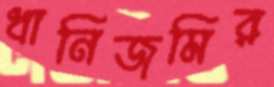
ধানিজমির